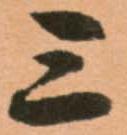
三